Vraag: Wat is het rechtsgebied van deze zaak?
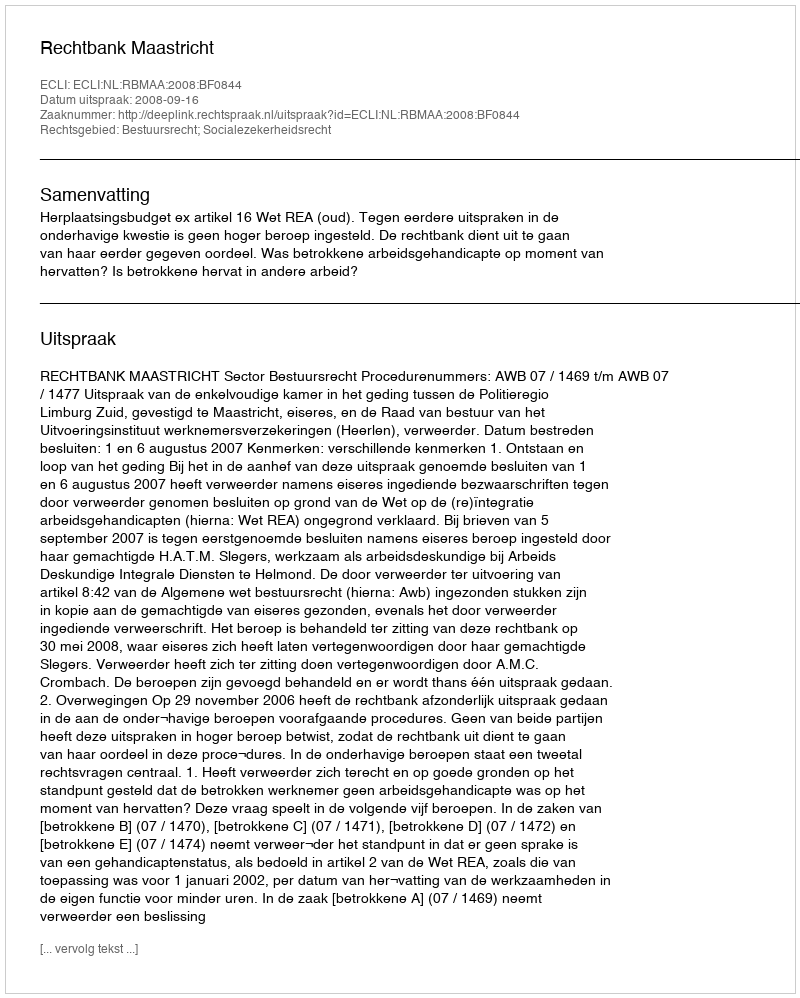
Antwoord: Bestuursrecht; Socialezekerheidsrecht